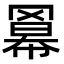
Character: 𮊎